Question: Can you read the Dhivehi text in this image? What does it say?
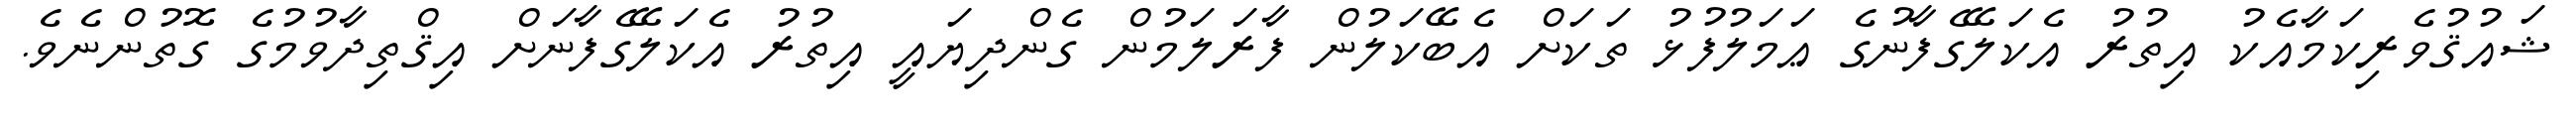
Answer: ޝައުޤުވެރިކަމާއެކު އިތުރު އެކަލޭގެފާނުގެ ޢަމަލުފުޅު ތަކަށް އެބޭކަލުން ފާރަލަމުން ގެންދިޔައީ އިތުރު އެކަލޭގެފާނަށް އިޤްތިދާވުމުގެ ގޮތުންނެވެ.